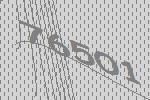
76501